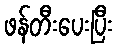
ဖန်တီးပေးပြီး